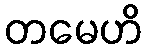
တမေဟိ